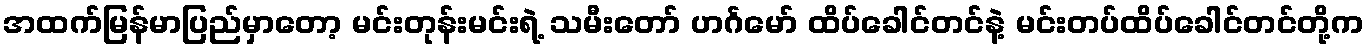
အထက်မြန်မာပြည်မှာတော့ မင်းတုန်းမင်းရဲ့ သမီးတော် ဟင်္ဂမော် ထိပ်ခေါင်တင်နဲ့ မင်းတပ်ထိပ်ခေါင်တင်တို့က